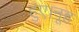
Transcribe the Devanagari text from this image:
हुए।नूह